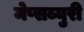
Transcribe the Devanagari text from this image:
मेप्सब्युरी